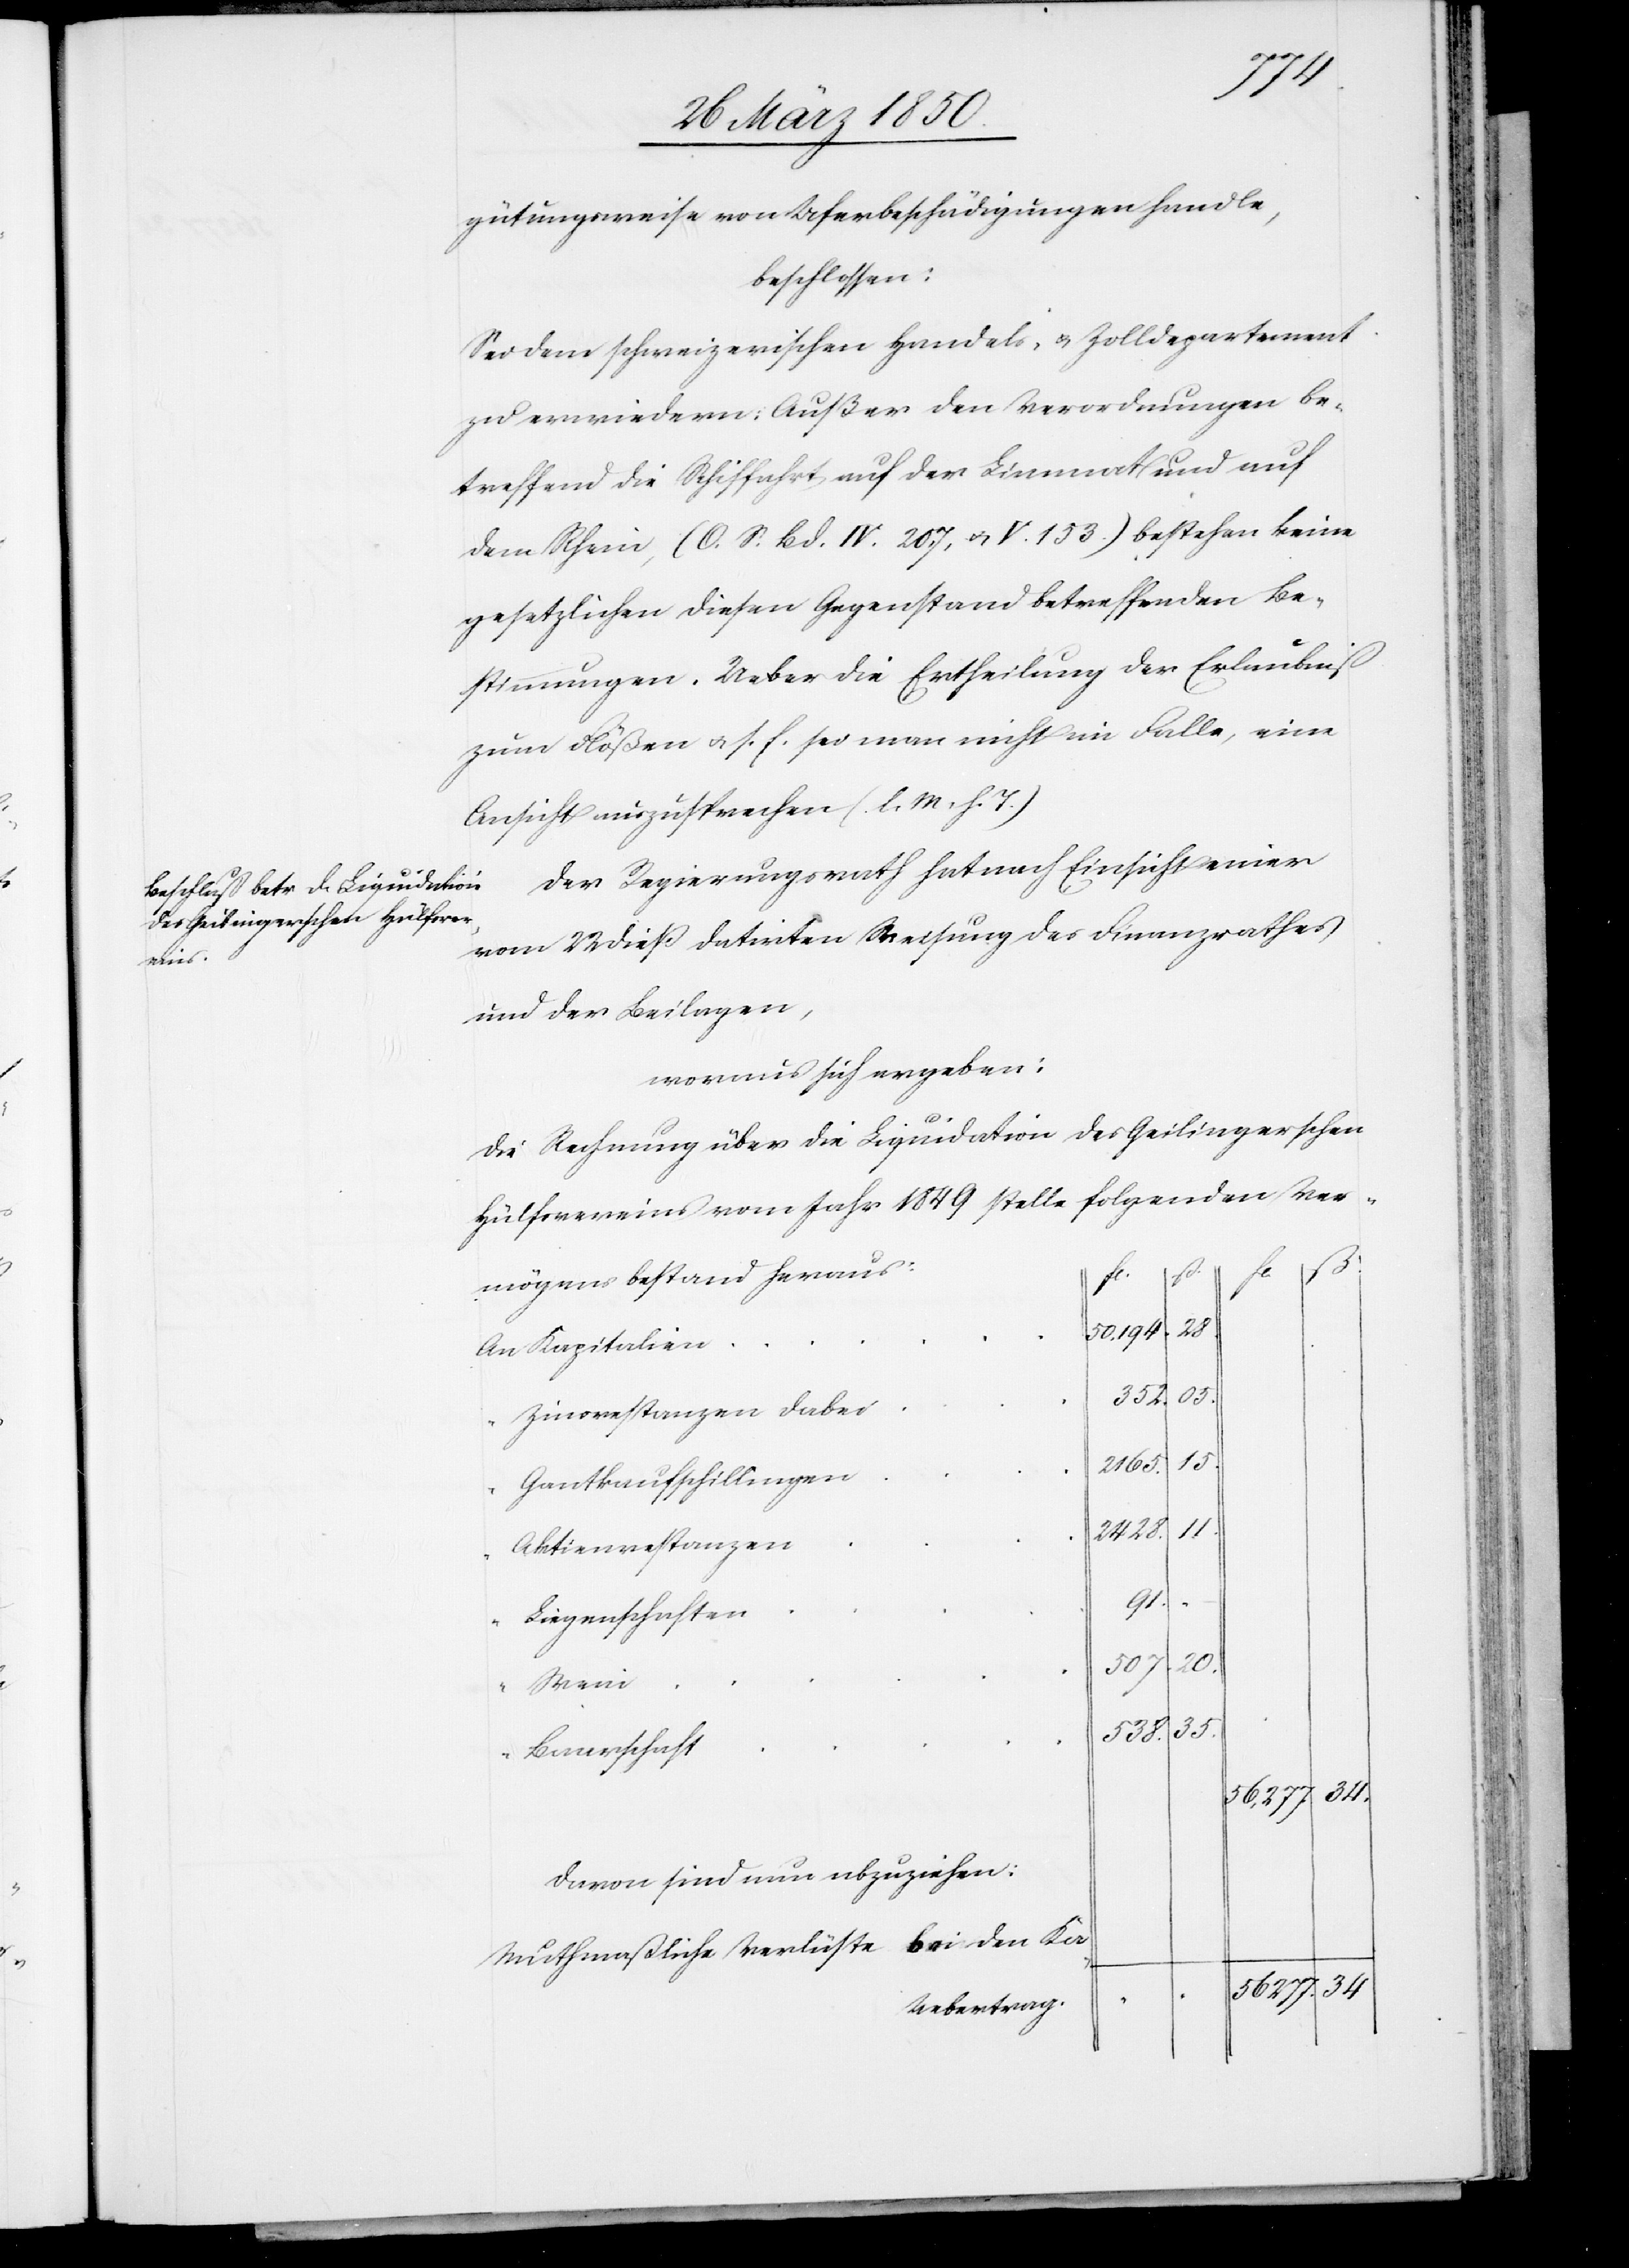
gütungsweise von Uferbeschädigungen handle,
beschlossen:
Sei dem schweizerischen Handels- u. Zolldepartement
zu erwiedern: Außer den Verordnungen be¬
treffend die Schiffahrt auf der Limmat und auf
dem Rhein, (O. S. Bd. IV. 207. u. V. 153.) bestehen keine
gesetzlichen diesen Gegenstand betreffenden Be¬
stimmungen. Ueber die Ertheilung der Erlaubniß
zum Flößen u. s. f. sei man nicht im Falle, eine
Ansicht auszusprechen (l. M. h. T.)
Der Regierungsrath hat nach Einsicht einer
vom 22 dieß datirten Weisung des Finanzrathes
und der Beilagen,
woraus sich ergeben:
Die Rechnung über die Liquidation des Geilingerschen
Hülfsvereins vom Jahr 1849 stelle folgenden Ver¬
ß.
mögensbestand heraus:
2428.
50.194.
An Kapitalien
Zinsrestanzen dabei
15.
2165.
Gantkaufschillingen
Aktienrestanzen
Liegenschaften
20.
507.
Wein
35.
Baarschaft
56,277.
davon sind nun abzuziehen:

34.